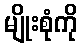
မျိုးစုံကို